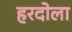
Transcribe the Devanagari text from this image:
हरदोला